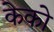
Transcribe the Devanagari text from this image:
केको